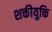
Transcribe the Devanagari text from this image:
शक्तीयुक्ति